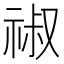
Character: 𥚔